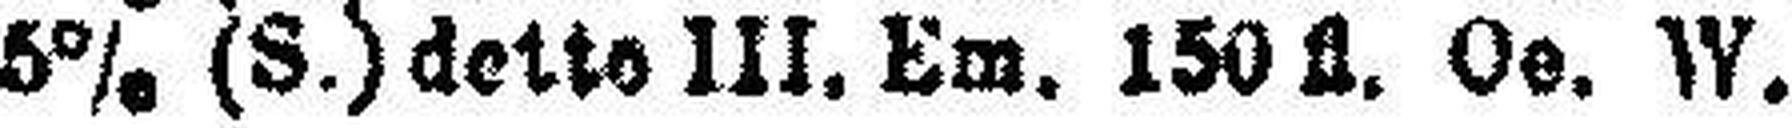
5% (S.) detto III. Em. 150 fl. Oe. W.